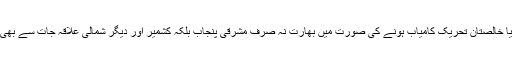
لہٰذا خالصتان بننے یا خالصتان تحریک کامیاب ہونے کی صورت میں بھارت نہ صرف مشرقی پنجاب بلکہ کشمیر اور دیگر شمالی علاقہ جات سے بھی ہاتھ دھو بیٹھے گا۔